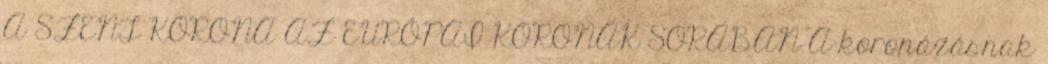
A SZENT KORONA AZ EURÓPAI KORONÁK SORÁBAN A koronázásnak